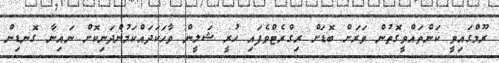
ރޫމްގައިވީ ކަންތައްވީގޮތުން ވަރަށް ބޮޑަށް ރިގްރެޓްވެފައި ހުރީ ޝަލީން ވާހަކަދައްކަމުންދަނިކޮށް ނައިނާ ގޮނޑިން